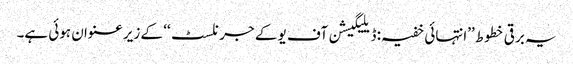
یہ برقی خطوط ’’انتہائی خفیہ: ڈیلیگیشن آف یو کے جرنلسٹ‘‘ کے زیر عنوان ہوئی ہے۔